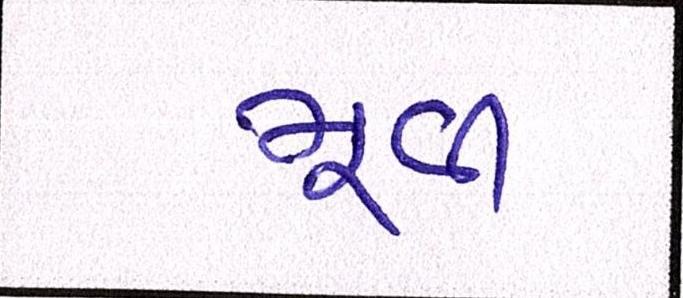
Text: મૂવી